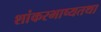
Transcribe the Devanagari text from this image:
शांकरभाष्यतथा